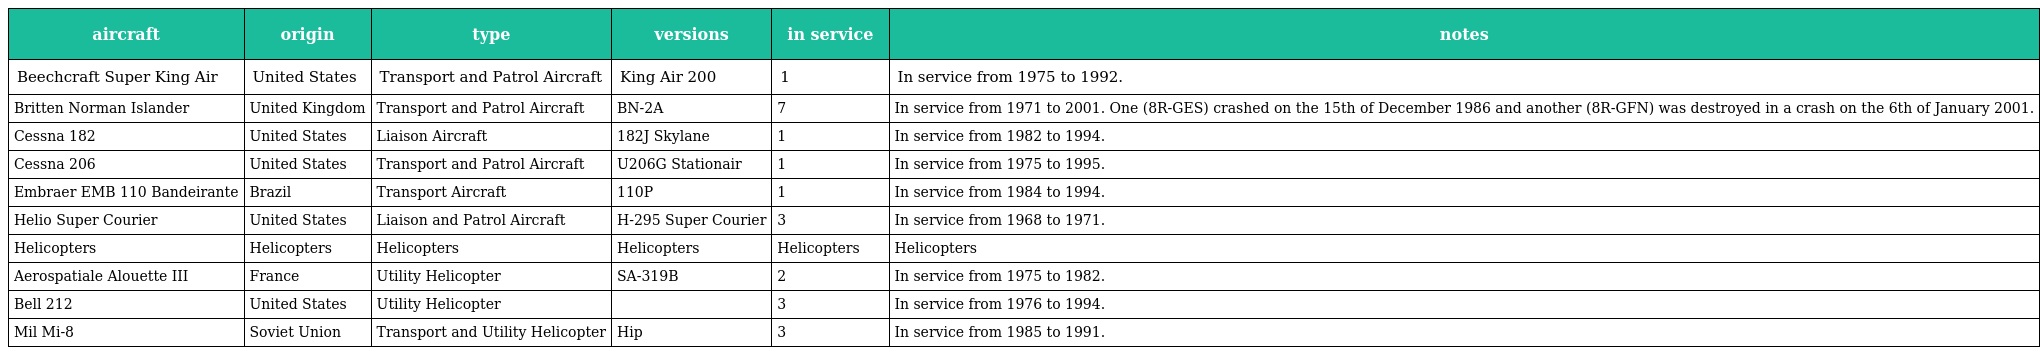
| aircraft | origin | type | versions | in service | notes |
 | --- | --- | --- | --- | --- | --- |
 | Beechcraft Super King Air | United States | Transport and Patrol Aircraft | King Air 200 | 1 | In service from 1975 to 1992. |
 | Britten Norman Islander | United Kingdom | Transport and Patrol Aircraft | BN-2A | 7 | In service from 1971 to 2001. One (8R-GES) crashed on the 15th of December 1986 and another (8R-GFN) was destroyed in a crash on the 6th of January 2001. |
 | Cessna 182 | United States | Liaison Aircraft | 182J Skylane | 1 | In service from 1982 to 1994. |
 | Cessna 206 | United States | Transport and Patrol Aircraft | U206G Stationair | 1 | In service from 1975 to 1995. |
 | Embraer EMB 110 Bandeirante | Brazil | Transport Aircraft | 110P | 1 | In service from 1984 to 1994. |
 | Helio Super Courier | United States | Liaison and Patrol Aircraft | H-295 Super Courier | 3 | In service from 1968 to 1971. |
 | Helicopters | Helicopters | Helicopters | Helicopters | Helicopters | Helicopters |
 | Aerospatiale Alouette III | France | Utility Helicopter | SA-319B | 2 | In service from 1975 to 1982. |
 | Bell 212 | United States | Utility Helicopter |  | 3 | In service from 1976 to 1994. |
 | Mil Mi-8 | Soviet Union | Transport and Utility Helicopter | Hip | 3 | In service from 1985 to 1991. |